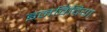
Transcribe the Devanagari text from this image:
इनविदिया